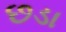
છડા